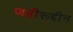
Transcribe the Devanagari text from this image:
जहीरूद्दीन